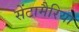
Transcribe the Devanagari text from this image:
सेंटामैरिया